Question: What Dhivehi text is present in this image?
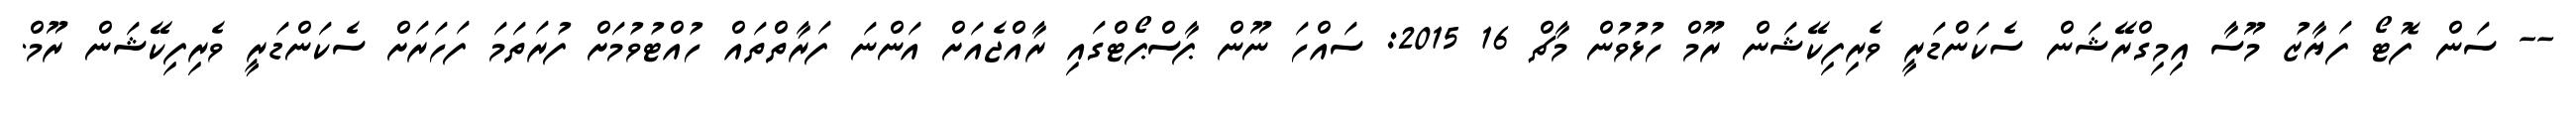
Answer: -- ސަން ފޮޓޯ ފަޔާޒު މޫސާ އިމިގްރޭޝަން ސެކަންޑަރީ ވެރިފިކޭޝަން ރޫމް ހުޅުވުން މާޗް 16 2015: ސައްހަ ނޫން ޕާސްޕޯޓްގައި ރާއްޖެއަށް އަންނަ ފަރާތްތައް ހުއްޓުވުމަށް ފުރަތަމަ ފަހަރަށް ސެކަންޑަރީ ވެރިފިކޭޝަން ރޫމް.